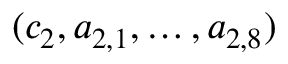
( c _ { 2 } , a _ { 2 , 1 } , \dotsc , a _ { 2 , 8 } )